Calcutta medical institutions reports 1871-78
Year: 1871
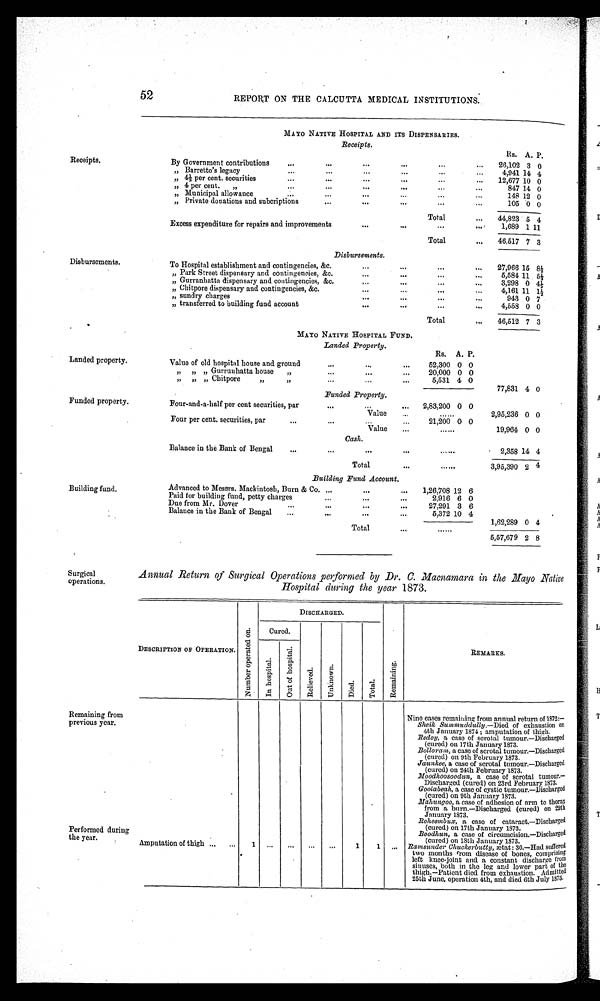
52
REPORT ON THE CALCUTTA MEDICAL INSTITUTIONS.
Receipts.
Disbursements.
Landed property.
Funded property.
Building fund.
Surgical
operations.
Remaining from
previous year.
Performed during
the year.
MAYO NATIVE HOSPITAL AND ITS DISPENSARIES.
Receipts.
Rs. A. P.
By Government contributions
. . .
. . .
. . .
...
26,102 3 0
,, Barretto 's legacy
. . .
. . .
. . .
. . .
4,941 14 4
,, 4½ per cent. securities
. . .
. . .
. . .
. . .
12,677 10 0
,, 4 per cent. ,,
. . .
. . .
•••
...
847 14 0
„ Municipal allowance
. . .
. . .
. . .
. . .
148 12 0
„ Private donations and subcriptions
. . .
. . .
. . .
...
105 0 0
Total
...
44,823 5 4
Excess expenditure for repairs and improvements
. . .
. . .
. . .
. . .
1,689 1 11
Total
. . .
46,517 7 3
Disbursements.
To Hospital establishment and contingencies, &c.
...
...
...
...
27,966 15 8 ½
,, Park Street dispensary and contingencies, &c.
. . .
. . .
. . .
...
5,584 11 5 ½
,, Gurranhatta dispensary and contingencies, &c.
...
. . .
...
...
3,298 0
4 ½
,, Chitpore dispensary and contingencies, &c.
. . .
. . .
. . .
. . .
4,161 11 1 ½
,, sundry charges
...
...
...
...
943 0 7
„ transferred to building fund account
. . .
...
...
...
4,558 0 0
Total
. . .
46,512 7 3
MAYO NATIVE HOSPITAL FUND.
Landed Property.
Rs. A. P.
Value of old hospital house and ground
...
...
...
52,300 0 0
„ „ „ Gurrunhatta house „
...
...
...
20,000 0 0
„ „ „ Chitpore „ ,,
. . .
. . . . . .
5,531 4 0
7 7 , 8 3 1 4 0
Funded Property.
Four-and-a-half per cent securities, par
...
. . . ...
2,83,200 0 0
Value
....
. . . . . .
2,95,236 0 0
Four per cent. securities, par
. . .
. . .
. . .
21,200 0 0
Value
...
. . . . .
19,964 0 0
Cash.
Balance in the Bank of Bengal
. . .
...
...
. . .
. . . . .
2,358 14 4
Total
. . .
. . . . . .
3,95,390 2 4
Building Fund Account.
Advanced to Messrs. Mackintosh, Burn & Co. ...
...
...
1,26,708 12 6
Paid for building fund, petty charge
...
...
...
2,916 6 0
Due from Mr. Dover
. . .
. . .
. . .
27,291 3 6
Balance in the Bank of Bengal
...
...
...
5,372 10 4
Total
. . .
. . . . . .
1,62,289 0 4
5,57,679 2 8
Annual Return of Surgical Operations performed by Dr. C. Macnamara in the Mayo Native
Hospital during the year 1873.
DESCRIPTION OF OPERATION
N u m b e r o p e r a t e d o n .
DISCHARGED.
R e m a i n i n g .
REMARKS.
Cured.
R e l i e v e d .
U n k n o w n .
D i e d .
T o t a l .
I n h o s p i t a l .
Out of hospital.
Nine cases remaining from annual return of 1872
:—
Sheik Summuddully.—Died of exhaustion on
4th January 1874 ; amputation of thigh.
Redoy, a case of scrotal tumour.—Discharged
(cured) on 17th January 1873.
Bolloram, a case of scrotal tumour.—Discharged
(cured) on 9th February 1873.
Jaunkee, a case of scrotal tumour.—Discharged
(cured) on 24th February 1873.
Moodhoosoodun, a case of scrotal tumour.
—
Discharged (cured) on 23rd February 1873.
Goolabeah, a case of cystic tumour.—Discharged
(cured) on 9th January 1873.
Mahungoo, a case of adhesion of arm to thorax
from a burn.—Discharged (cured) on 29th
January 1873.
Roheembux, a case of cataract.—Discharged
(cured) on 17th January 1873.
Boodhun, a case of circumcision.-Discharged
(cured) on 18th January 1873.
Amputation of thigh
1
...
. . .
...
...
1
1
...
Ramsunder Chuckerbutty, æ tat : 30.—Had suffered
two months from disease of bones, comprising
left knee-joint and a constant discharge from
sinuses, both in the leg and lower part of the
thigh.—Patient died from exhaustion. Admitted
25th June, operation 4th, and died 6th July 1873.